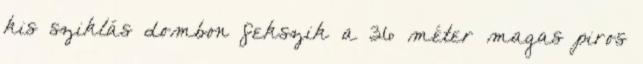
kis sziklás dombon fekszik a 36 méter magas piros